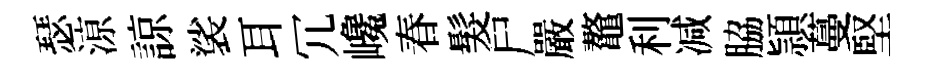
瑟鿌諒裟耳冗巉春髮尸嚴鼇利减脇頴蔓堅